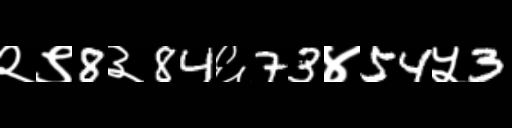
Text: २९8३84६73४54५3